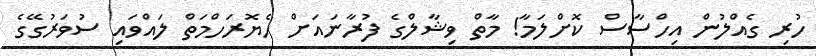
ހުރި ގެއްލުން އިހްސާސް ކޮށްލަމާ! މާތް ވިޝާލްގެ ފުރާނައަށް ހެޔޮރަހްމަތް ލައްވައި ސުވަރުގޭގެ